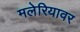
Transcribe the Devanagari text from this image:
मलेरियावर